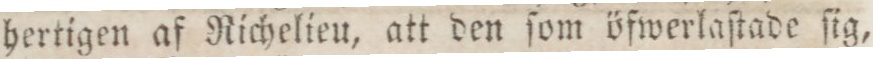
hertigen af Richelieu, att den ſom öfwerlaſtade ſig,